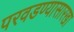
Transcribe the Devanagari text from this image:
परवडण्यासारखा